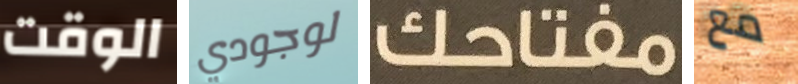
الوقت لوجودي مفتاحك مع